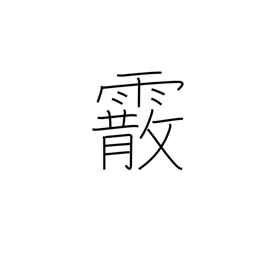
Meaning: hailstones